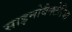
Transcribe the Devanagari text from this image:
साइनोबैक्टेरिया